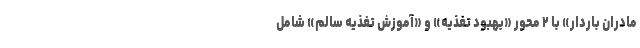
مادران باردار» با ٢ محور «بهبود تغذیه» و «آموزش تغذیه سالم» شامل